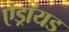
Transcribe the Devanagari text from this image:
ऐंड्रॉयड